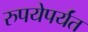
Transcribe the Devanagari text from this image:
रुपयेपर्यंत